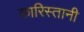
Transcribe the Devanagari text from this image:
कारिस्तानी